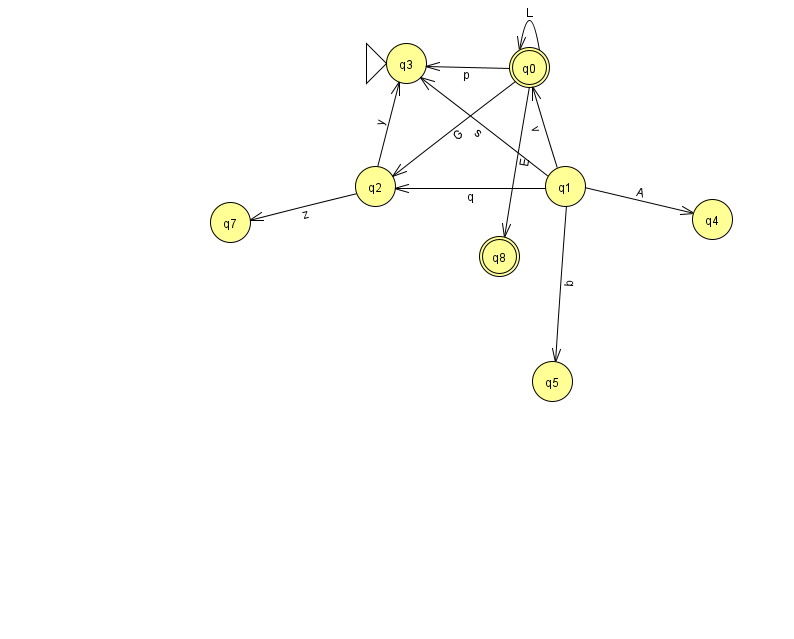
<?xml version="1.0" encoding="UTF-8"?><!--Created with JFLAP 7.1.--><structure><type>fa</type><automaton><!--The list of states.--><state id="0" name="q0"><x>529.0</x><y>54.0</y><final/></state><state id="1" name="q1"><x>565.0</x><y>173.0</y></state><state id="2" name="q2"><x>375.0</x><y>173.0</y></state><state id="3" name="q3"><x>406.0</x><y>50.0</y><initial/></state><state id="4" name="q4"><x>712.0</x><y>206.0</y></state><state id="5" name="q5"><x>552.0</x><y>368.0</y></state><state id="7" name="q7"><x>230.0</x><y>209.0</y></state><state id="8" name="q8"><x>499.0</x><y>243.0</y><final/></state><!--The list of transitions.--><transition><from>0</from><to>3</to><read>p</read></transition><transition><from>1</from><to>0</to><read>v</read></transition><transition><from>2</from><to>3</to><read>y</read></transition><transition><from>1</from><to>3</to><read>s</read></transition><transition><from>1</from><to>5</to><read>b</read></transition><transition><from>2</from><to>7</to><read>z</read></transition><transition><from>0</from><to>0</to><read>L</read></transition><transition><from>1</from><to>2</to><read>q</read></transition><transition><from>0</from><to>2</to><read>G</read></transition><transition><from>1</from><to>4</to><read>A</read></transition><transition><from>0</from><to>8</to><read>E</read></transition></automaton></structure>